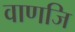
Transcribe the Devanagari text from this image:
वाणजि